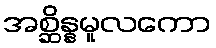
အစ္ဆိန္နမူလကော